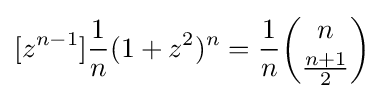
[z^{n-1}]{\frac {1}{n}}(1+z^{2})^{n}={\frac {1}{n}}{\dbinom {n}{\frac {n+1}{2}}}